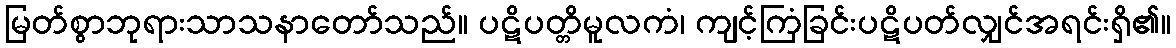
မြတ်စွာဘုရားသာသနာတော်သည်။ ပဋိပတ္တိမူလကံ၊ ကျင့်ကြံခြင်းပဋိပတ်လျှင်အရင်းရှိ၏။